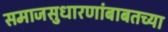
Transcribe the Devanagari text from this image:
समाजसुधारणांबाबतच्या